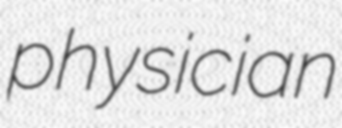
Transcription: physician